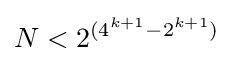
N<2^{(4^{k+1}-2^{k+1})}